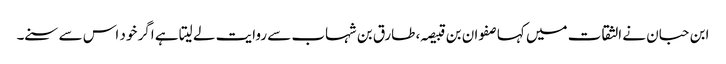
ابن حبان نے الثقات میں کہا صفوان بن قبیصہ، طارق بن شہاب سے روایت لے لیتا ہے اگر خود اس سے سنے۔